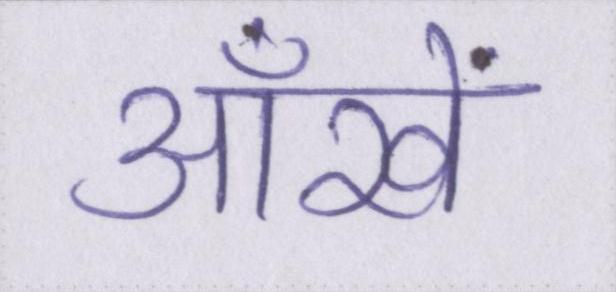
आँखें